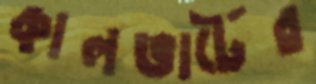
কালভার্টের